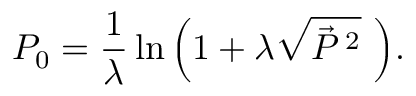
P _ { 0 } = { \frac { 1 } { \lambda } } \ln { \left( 1 + \lambda \sqrt { { \vec { P } } \, ^ { 2 } } \, \, \right) } .